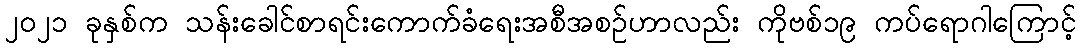
၂၀၂၁ ခုနှစ်က သန်းခေါင်စာရင်းကောက်ခံရေးအစီအစဉ်ဟာလည်း ကိုဗစ်၁၉ ကပ်ရောဂါကြောင့်